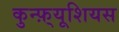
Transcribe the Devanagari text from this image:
कुन्फ़्यूशियस